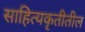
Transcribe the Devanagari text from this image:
साहित्यकृतीतील